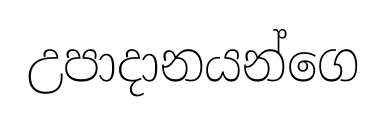
උපාදානයන්ගෙ